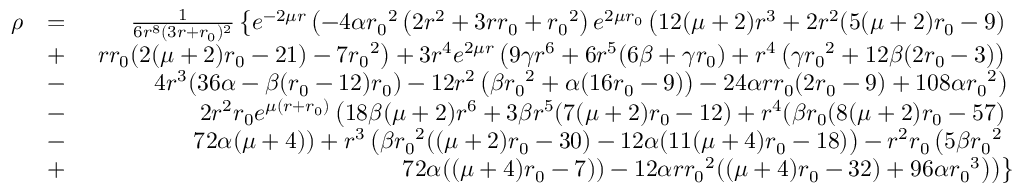
\begin{array} { r l r } { \rho } & { = } & { \frac { 1 } { 6 r ^ { 8 } ( 3 r + { r _ { 0 } } ) ^ { 2 } } \left\lbrace e ^ { - 2 \mu r } \left( - 4 \alpha { r _ { 0 } } ^ { 2 } \left( 2 r ^ { 2 } + 3 r { r _ { 0 } } + { r _ { 0 } } ^ { 2 } \right) e ^ { 2 \mu { r _ { 0 } } } \left( 1 2 ( \mu + 2 ) r ^ { 3 } + 2 r ^ { 2 } ( 5 ( \mu + 2 ) { r _ { 0 } } - 9 ) \right. \right. \right. } \\ & { + } & { \left. \left. \left. r { r _ { 0 } } ( 2 ( \mu + 2 ) { r _ { 0 } } - 2 1 ) - 7 { r _ { 0 } } ^ { 2 } \right) + 3 r ^ { 4 } e ^ { 2 \mu r } \left( 9 \gamma r ^ { 6 } + 6 r ^ { 5 } ( 6 \beta + \gamma { r _ { 0 } } ) + r ^ { 4 } \left( \gamma { r _ { 0 } } ^ { 2 } + 1 2 \beta ( 2 { r _ { 0 } } - 3 ) \right) \right. \right. \right. } \\ & { - } & { \left. \left. \left. 4 r ^ { 3 } ( 3 6 \alpha - \beta ( { r _ { 0 } } - 1 2 ) { r _ { 0 } } ) - 1 2 r ^ { 2 } \left( \beta { r _ { 0 } } ^ { 2 } + \alpha ( 1 6 { r _ { 0 } } - 9 ) \right) - 2 4 \alpha r { r _ { 0 } } ( 2 { r _ { 0 } } - 9 ) + 1 0 8 \alpha { r _ { 0 } } ^ { 2 } \right) \right. \right. } \\ & { - } & { \left. \left. 2 r ^ { 2 } { r _ { 0 } } e ^ { \mu ( r + { r _ { 0 } } ) } \left( 1 8 \beta ( \mu + 2 ) r ^ { 6 } + 3 \beta r ^ { 5 } ( 7 ( \mu + 2 ) { r _ { 0 } } - 1 2 ) + r ^ { 4 } ( \beta { r _ { 0 } } ( 8 ( \mu + 2 ) { r _ { 0 } } - 5 7 ) \right. \right. \right. } \\ & { - } & { \left. \left. \left. 7 2 \alpha ( \mu + 4 ) ) + r ^ { 3 } \left( \beta { r _ { 0 } } ^ { 2 } ( ( \mu + 2 ) { r _ { 0 } } - 3 0 ) - 1 2 \alpha ( 1 1 ( \mu + 4 ) { r _ { 0 } } - 1 8 ) \right) - r ^ { 2 } { r _ { 0 } } \left( 5 \beta { r _ { 0 } } ^ { 2 } \right. \right. \right. \right. } \\ & { + } & { \left. \left. \left. \left. 7 2 \alpha ( ( \mu + 4 ) { r _ { 0 } } - 7 ) \right) - 1 2 \alpha r { r _ { 0 } } ^ { 2 } ( ( \mu + 4 ) { r _ { 0 } } - 3 2 ) + 9 6 \alpha { r _ { 0 } } ^ { 3 } \right) \right) \right\rbrace } \end{array}